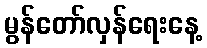
မွန်တော်လှန်ရေးနေ့